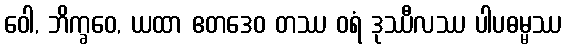
ဝေါ, ဘိက္ခဝေ, ယထာ ဧတဒေဝ တဿ ဝရံ ဒုဿီလဿ ပါပဓမ္မဿ